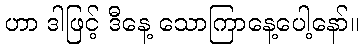
ဟာ ဒါဖြင့် ဒီနေ့ သောကြာနေ့ပေါ့နော်။